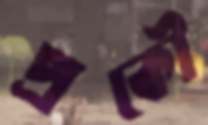
প্রকৌ